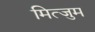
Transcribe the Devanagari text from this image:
मित्जुम